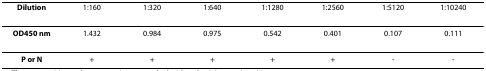
| Dilution | 1:160 | 1:320 | 1:640 | 1:1280 | 1:2560 | 1:5120 | 1:10240 |
 | --- | --- | --- | --- | --- | --- | --- | --- |
 | OD450 nm | 1.432 | 0.984 | 0.975 | 0.542 | 0.401 | 0.107 | 0.111 |
 | P or N | + | + | + | + | + | - | - |